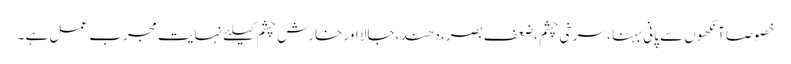
خصوصاًآنکھوں سے پانی بہنا ، سرخی چشم ،ضعف بصر ،دھند ،جالا اور خارش چشم کیلئے نہایت مجرب عمل ہے ۔